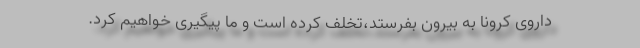
داروی کرونا به بیرون بفرستد،تخلف کرده است و ما پیگیری خواهیم کرد.